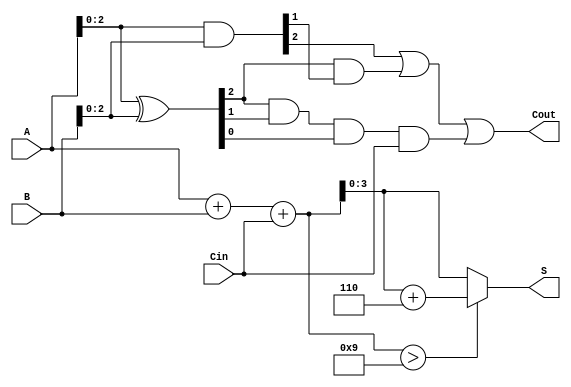
module BCD_Carry_Lookahead_Adder (
    input  [3:0] A,      // First BCD digit
    input  [3:0] B,      // Second BCD digit
    input        Cin,     // Carry input
    output [3:0] S,      // BCD result
    output       Cout     // Carry output
);

    wire [4:0] S_temp;   // Temporary sum including carry
    wire [3:0] P;        // Propagate signals
    wire [3:0] G;        // Generate signals
    wire C1, C2, C3;     // Carry signals

    // Propagate and Generate signals
    assign P = A ^ B;    // P = A XOR B
    assign G = A & B;    // G = A AND B

    // Carry generation using lookahead logic
    assign C1 = G[0] | (P[0] & Cin);
    assign C2 = G[1] | (P[1] & G[0]) | (P[1] & P[0] & Cin);
    assign C3 = G[2] | (P[2] & G[1]) | (P[2] & P[1] & P[0] & Cin);

    // Initial sum calculation
    assign S_temp = A + B + Cin;

    // Correction logic
    assign Cout = C3; // Carry out from the last carry signal
    assign S = (S_temp > 9) ? (S_temp + 6) : S_temp; // Corrected sum if S_temp > 9

endmodule